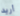
أريد